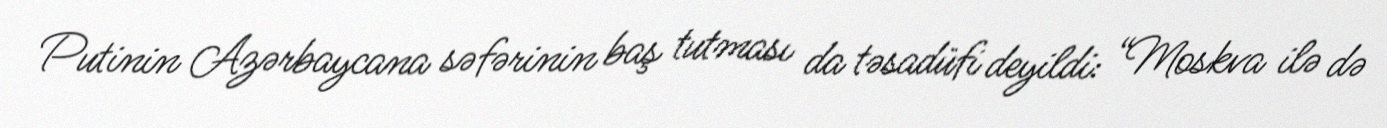
Putinin Azərbaycana səfərinin baş tutması da təsadüfi deyildi: “Moskva ilə də